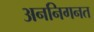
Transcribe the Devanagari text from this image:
अननिगनत